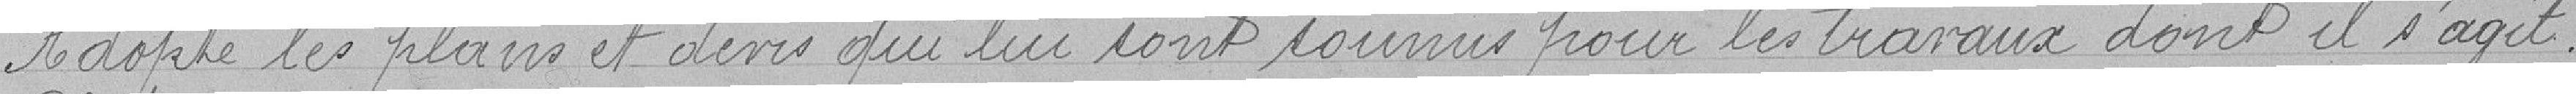
Adopte les plans et devis qui lui sont soumis pour les travaux dont il s'agit